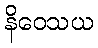
နိဝေသယ